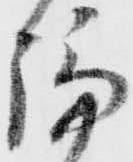
論